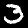
Digit: 3